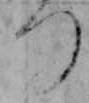
つ